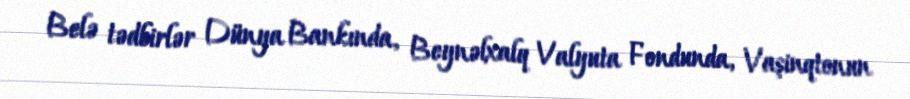
Belə tədbirlər Dünya Bankında, Beynəlxalq Valyuta Fondunda, Vaşinqtonun